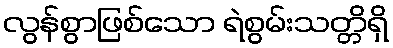
လွန်စွာဖြစ်သော ရဲစွမ်းသတ္တိရှိ